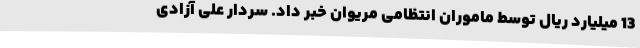
13 میلیارد ریال توسط ماموران انتظامی مریوان خبر داد. سردار علی آزادی